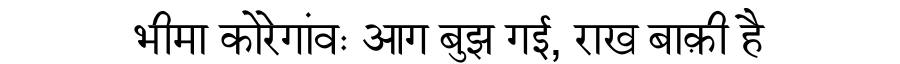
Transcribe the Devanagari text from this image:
भीमा कोरेगांवः आग बुझ गई, राख बाक़ी है